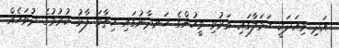
އަދި މިއަދަކީ ހަމަލާގައި މަރުވި މީހުންގެ ހަނދާނުގައި ހިތާމަ ފާޅު ކުރުމުގެ ދުވަހެއް